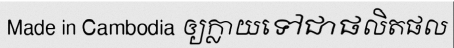
Made in Cambodia ឲ្យក្លាយទៅជាផលិតផល